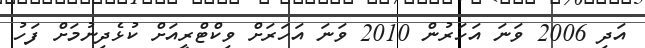
އަދި 2006 ވަނަ އަހަރުން 2010 ވަނަ އަހަރަށް ވިކްޓްރީއަށް ކުޅެދިނުމަށް ފަހު